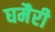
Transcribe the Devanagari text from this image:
घमैरी